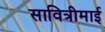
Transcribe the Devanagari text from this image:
सावित्रीमाई